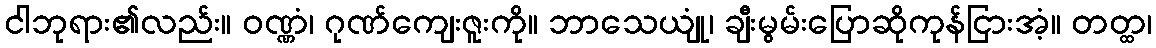
ငါဘုရား၏လည်း။ ဝဏ္ဏံ၊ ဂုဏ်ကျေးဇူးကို။ ဘာသေယျုံ၊ ချီးမွမ်းပြောဆိုကုန်ငြားအံ့။ တတ္ထ၊